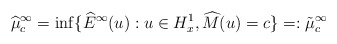
\begin{align*} \widehat{\mu}_c^{\infty}=\inf\{\widehat{E}^{\infty}(u):u\in H_x^1,\widehat{M}(u)=c\}=:\tilde{\mu}_c^{\infty}\end{align*}